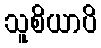
သူစိယာပိ